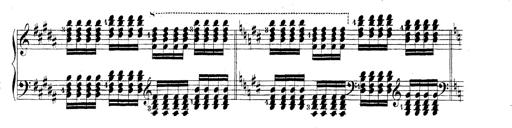
Title: Technische Studien
Composer: Franz Liszt